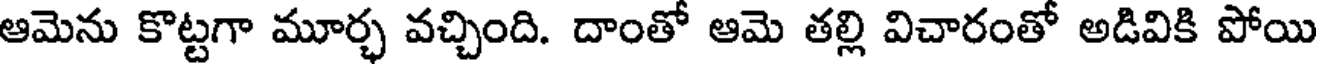
ఆమెను కొట్టగా మూర్చ వచ్చింది. దాంతో ఆమె తల్లి విచారంతో అడివికి పోయి